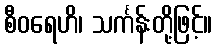
စီဝရေဟိ၊ သင်္ကန်းတို့ဖြင့်။